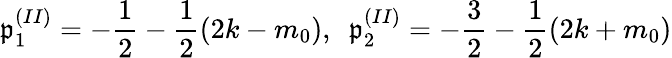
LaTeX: \mathfrak{p}_{1}^{(II)}=-\frac{{1}}{{2}}-\frac{{1}}{{2}}(2k-m_{0}),~~\mathfrak{p}_{2}^{(II)}=-\frac{{3}}{{2}}-\frac{{1}}{{2}}(2k+m_{0})